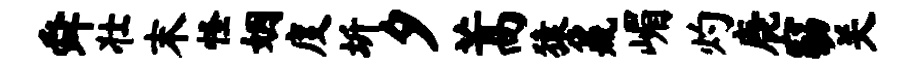
舜壮末怪姻度圻夕蒿猿鼐嵋灼鹿窈关